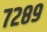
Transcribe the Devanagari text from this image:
७२८९